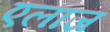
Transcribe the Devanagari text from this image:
एलाज